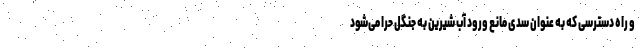
و راه دسترسی که به عنوان سدی مانع ورود آب شیرین به جنگل حرا می‌شود